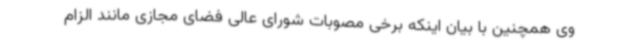
وی همچنین با بیان اینکه برخی مصوبات شورای عالی فضای مجازی مانند الزام